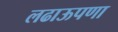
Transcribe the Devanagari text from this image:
लढाऊपणा